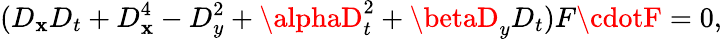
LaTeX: (D_{\mathbf{x}}D_{t}+D_{\mathbf{x}}^{4}-D_{y}^{2}+\alphaD_{t}^{2}+\betaD_{y}D_{t})F\cdotF=0,